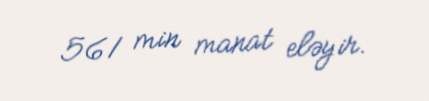
561 min manat eləyir.